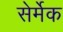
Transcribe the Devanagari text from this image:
सेर्मेक